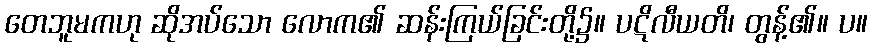
တေဘူမကဟု ဆိုအပ်သော လောက၏ ဆန်းကြယ်ခြင်းတို့၌။ ပဋိလီယတိ၊ တွန့်၏။ ပ။